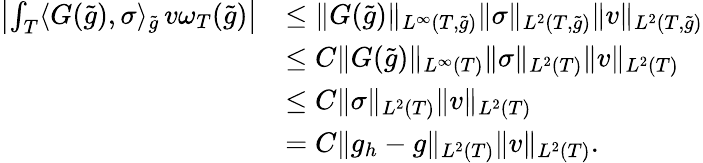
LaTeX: \begin{array}{rl}{\left|\int_{T}\langle G(\widetilde{g}),\sigma\rangle_{\widetilde{g}}\, v\omega_{T}(\widetilde{g})\right|}&{\le\| G(\widetilde{g})\| _{L^{\infty}(T,\widetilde{g})}\| \sigma\| _{L^{2}(T,\widetilde{g})}\| v\| _{L^{2}(T,\widetilde{g})}}\\ &{\le C\| G(\widetilde{g})\| _{L^{\infty}(T)}\| \sigma\| _{L^{2}(T)}\| v\| _{L^{2}(T)}}\\ &{\le C\| \sigma\| _{L^{2}(T)}\| v\| _{L^{2}(T)}}\\ &{=C\| g_{h}-g\| _{L^{2}(T)}\| v\| _{L^{2}(T)}.}\end{array}